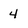
Character: 4